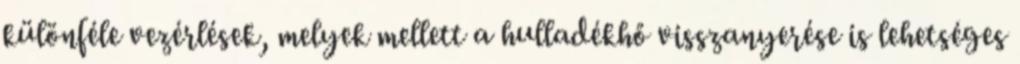
különféle vezérlések, melyek mellett a hulladékhő visszanyerése is lehetséges